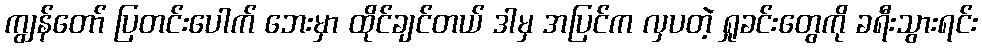
ကျွန်တော် ပြတင်းပေါက် ဘေးမှာ ထိုင်ချင်တယ် ဒါမှ အပြင်က လှပတဲ့ ရှုခင်းတွေကို ခရီးသွားရင်း